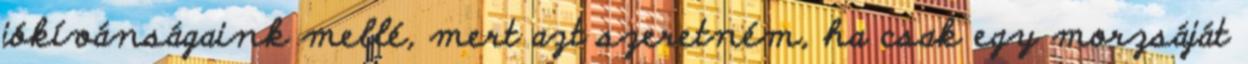
jókívánságaink mellé, mert azt szeretném, ha csak egy morzsáját